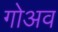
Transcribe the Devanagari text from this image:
गोअव